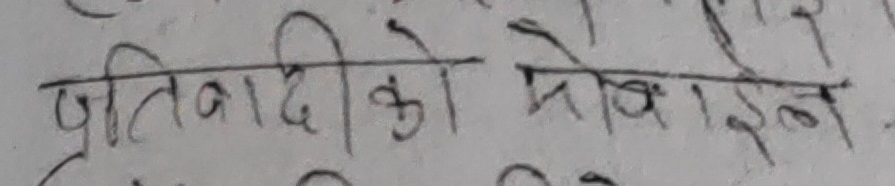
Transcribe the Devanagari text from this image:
प्रतिवादीको भेलाउने ।